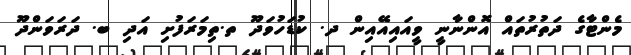
މެންޓާގެ ދަތުރުތައް އޮންނާނީ ވީއައިއޭއިން ދ. ކުޑަހުވަދޫ ތ.ތިމަރަފުށި އަދި ބ. ދަރަވަންދޫ